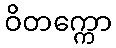
ဝိတက္ကော